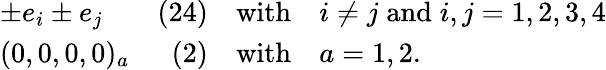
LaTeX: \begin{array}{lrcl}{{\pm e_{i}\pm e_{j}}}&{{(24)}}&{{\mathrm{with}}}&{{i\neq j\; \mathrm{and}\; i,j=1,2,3,4}}\\ {{(0,0,0,0)_{a}}}&{{(2)}}&{{\mathrm{with}}}&{{a=1,2.}}\end{array}